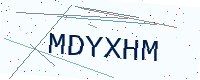
Text: MDYXHM